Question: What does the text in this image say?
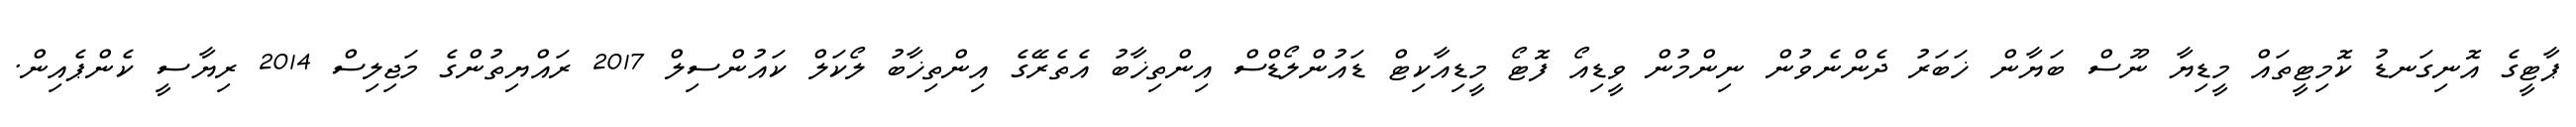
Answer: ޕާޓީގެ އޮނިގަނޑު ކޮމިޓީތައް މީޑިޔާ ނޫސް ބަޔާން ޚަބަރު ދެންނެވުން ނިންމުން ވީޑިއޯ ފޮޓޯ މީޑިއާކިޓް ޑައުންލޯޑްސް އިންތިޚާބު އެތެރޭގެ އިންތިޚާބު ލޯކަލް ކައުންސިލް 2017 ރައްޔިތުންގެ މަޖިލިސް 2014 ރިޔާސީ ކެންޕެއިން.